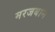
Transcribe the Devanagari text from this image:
मरजबान